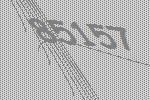
85157